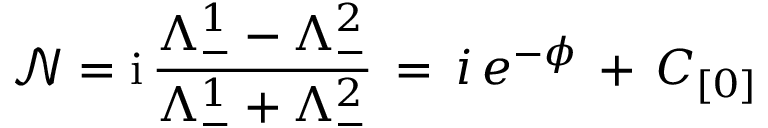
\mathcal { N } = \mathrm { i } \, \frac { \Lambda _ { - } ^ { 1 } - \Lambda _ { - } ^ { 2 } } { \Lambda _ { - } ^ { 1 } + \Lambda _ { - } ^ { 2 } } \, = \, i \, e ^ { - \phi } \, + \, C _ { [ 0 ] }